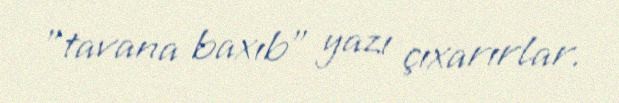
”tavana baxıb" yazı çıxarırlar.